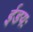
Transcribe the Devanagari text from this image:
ईडयः